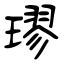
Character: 璆